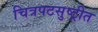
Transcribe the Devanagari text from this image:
चित्रपटसुष्ट्रीत